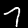
Label: 7